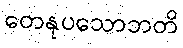
တေနုပသောဘတိ